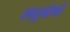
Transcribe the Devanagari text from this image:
लघुग्रंथों